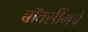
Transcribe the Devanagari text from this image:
बॉक्सींगचे